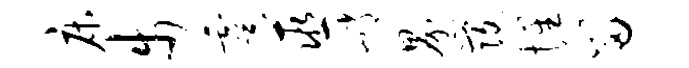
床步虞巫峭界发惺留